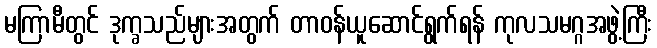
မကြာမီတွင် ဒုက္ခသည်များအတွက် တာဝန်ယူဆောင်ရွက်ရန် ကုလသမဂ္ဂအဖွဲ့ကြီး